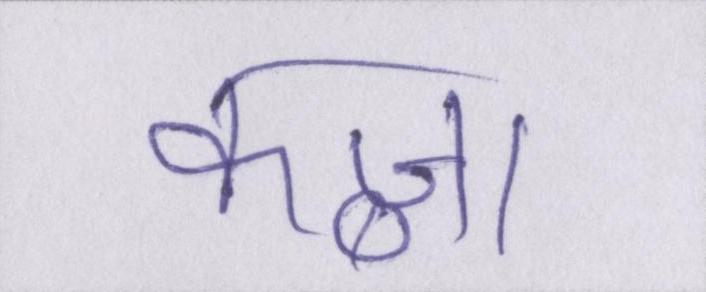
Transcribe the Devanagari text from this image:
कब्जा